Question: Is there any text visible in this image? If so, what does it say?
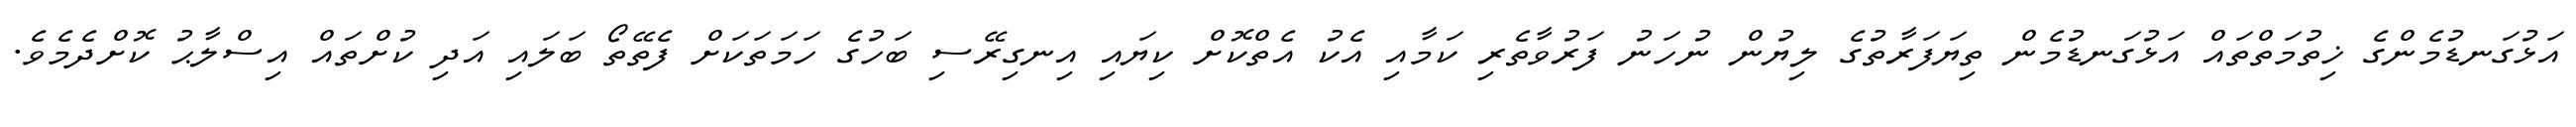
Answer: އަޅުގަނޑުމެންގެ ޚިތުމަތްތައް އަޅުގަނޑުމެން ތިޔަފަރާތުގެ ލިޔުން ނުހަނު ފަރުވާތެރި ކަމާއި އެކު އެތްކޮށް ކިޔައި އިނގިރޭސި ބަހުގެ ހަމަތަކަށް ފެތޭތޯ ބަލައި އަދި ކުށްތައް އިސްލާޙު ކޮށްދެމެވެ.